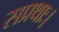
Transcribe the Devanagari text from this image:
सप्रथाः।